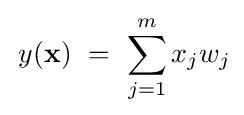
\,y(\mathbf {x} )~=~\sum _{j=1}^{m}x_{j}w_{j}